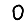
Digit: 0